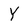
Character: Y